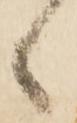
候